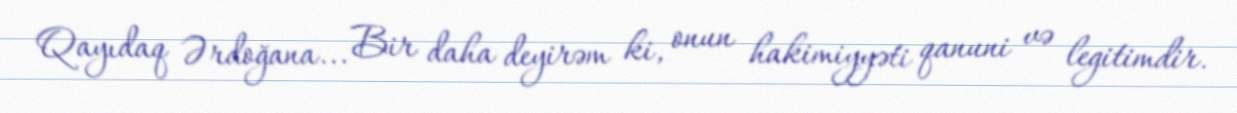
Qayıdaq Ərdoğana... Bir daha deyirəm ki, onun hakimiyyəti qanuni və legitimdir.